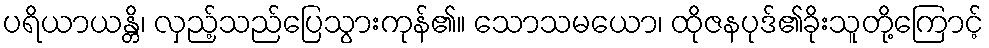
ပရိယာယန္တိ၊ လှည့်သည်ပြေသွားကုန်၏။ သောသမယော၊ ထိုဇနပုဒ်၏ခိုးသူတို့ကြောင့်